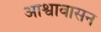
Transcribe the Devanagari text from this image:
आश्वावासन